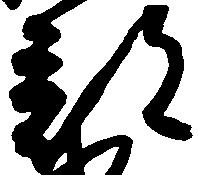
部